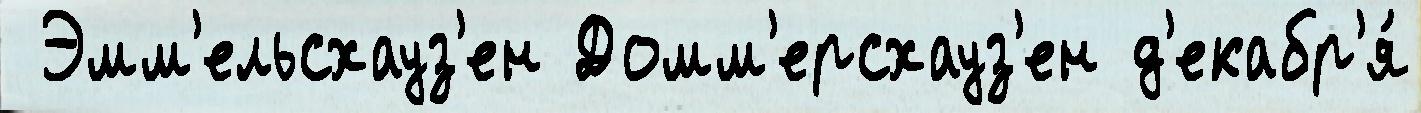
 Эмм'ельсхауз'ен Домм'ерсхауз'ен д'екабр'я́